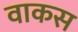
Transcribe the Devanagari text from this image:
वाकस